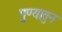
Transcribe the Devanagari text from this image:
पुण्यातुन